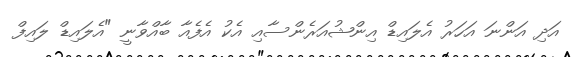
އަދި އަންނަ އަހަރު އެލައިޑް އިންޝުއަރެންސާއި އެކު އެފެއާ ބާއްވާނީ "އެލައިޑް ލައިފް